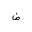
Letter: _dad